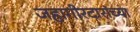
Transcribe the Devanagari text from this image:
जहागीरदारांच्या